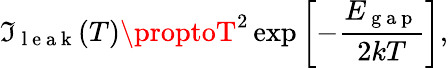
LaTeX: \mathfrak{I}_{\mathrm{{~l~e~a~k~}}}(T)\proptoT^{2}\exp\left[-\frac{{E_{\mathrm{{~g~a~p~}}}}}{{2kT}}\right],